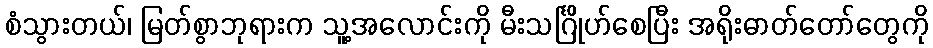
စံသွားတယ်၊ မြတ်စွာဘုရားက သူ့အလောင်းကို မီးသင်္ဂြိုဟ်စေပြီး အရိုးဓာတ်တော်တွေကို